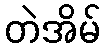
တဲအိမ်